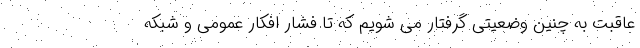
عاقبت به چنین وضعیتی گرفتار می شویم که تا فشار افکار عمومی و شبکه